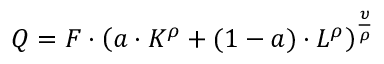
Q = F \cdot \left( a \cdot K ^ { \rho } + ( 1 - a ) \cdot L ^ { \rho } \right) ^ { \frac { \upsilon } { \rho } }